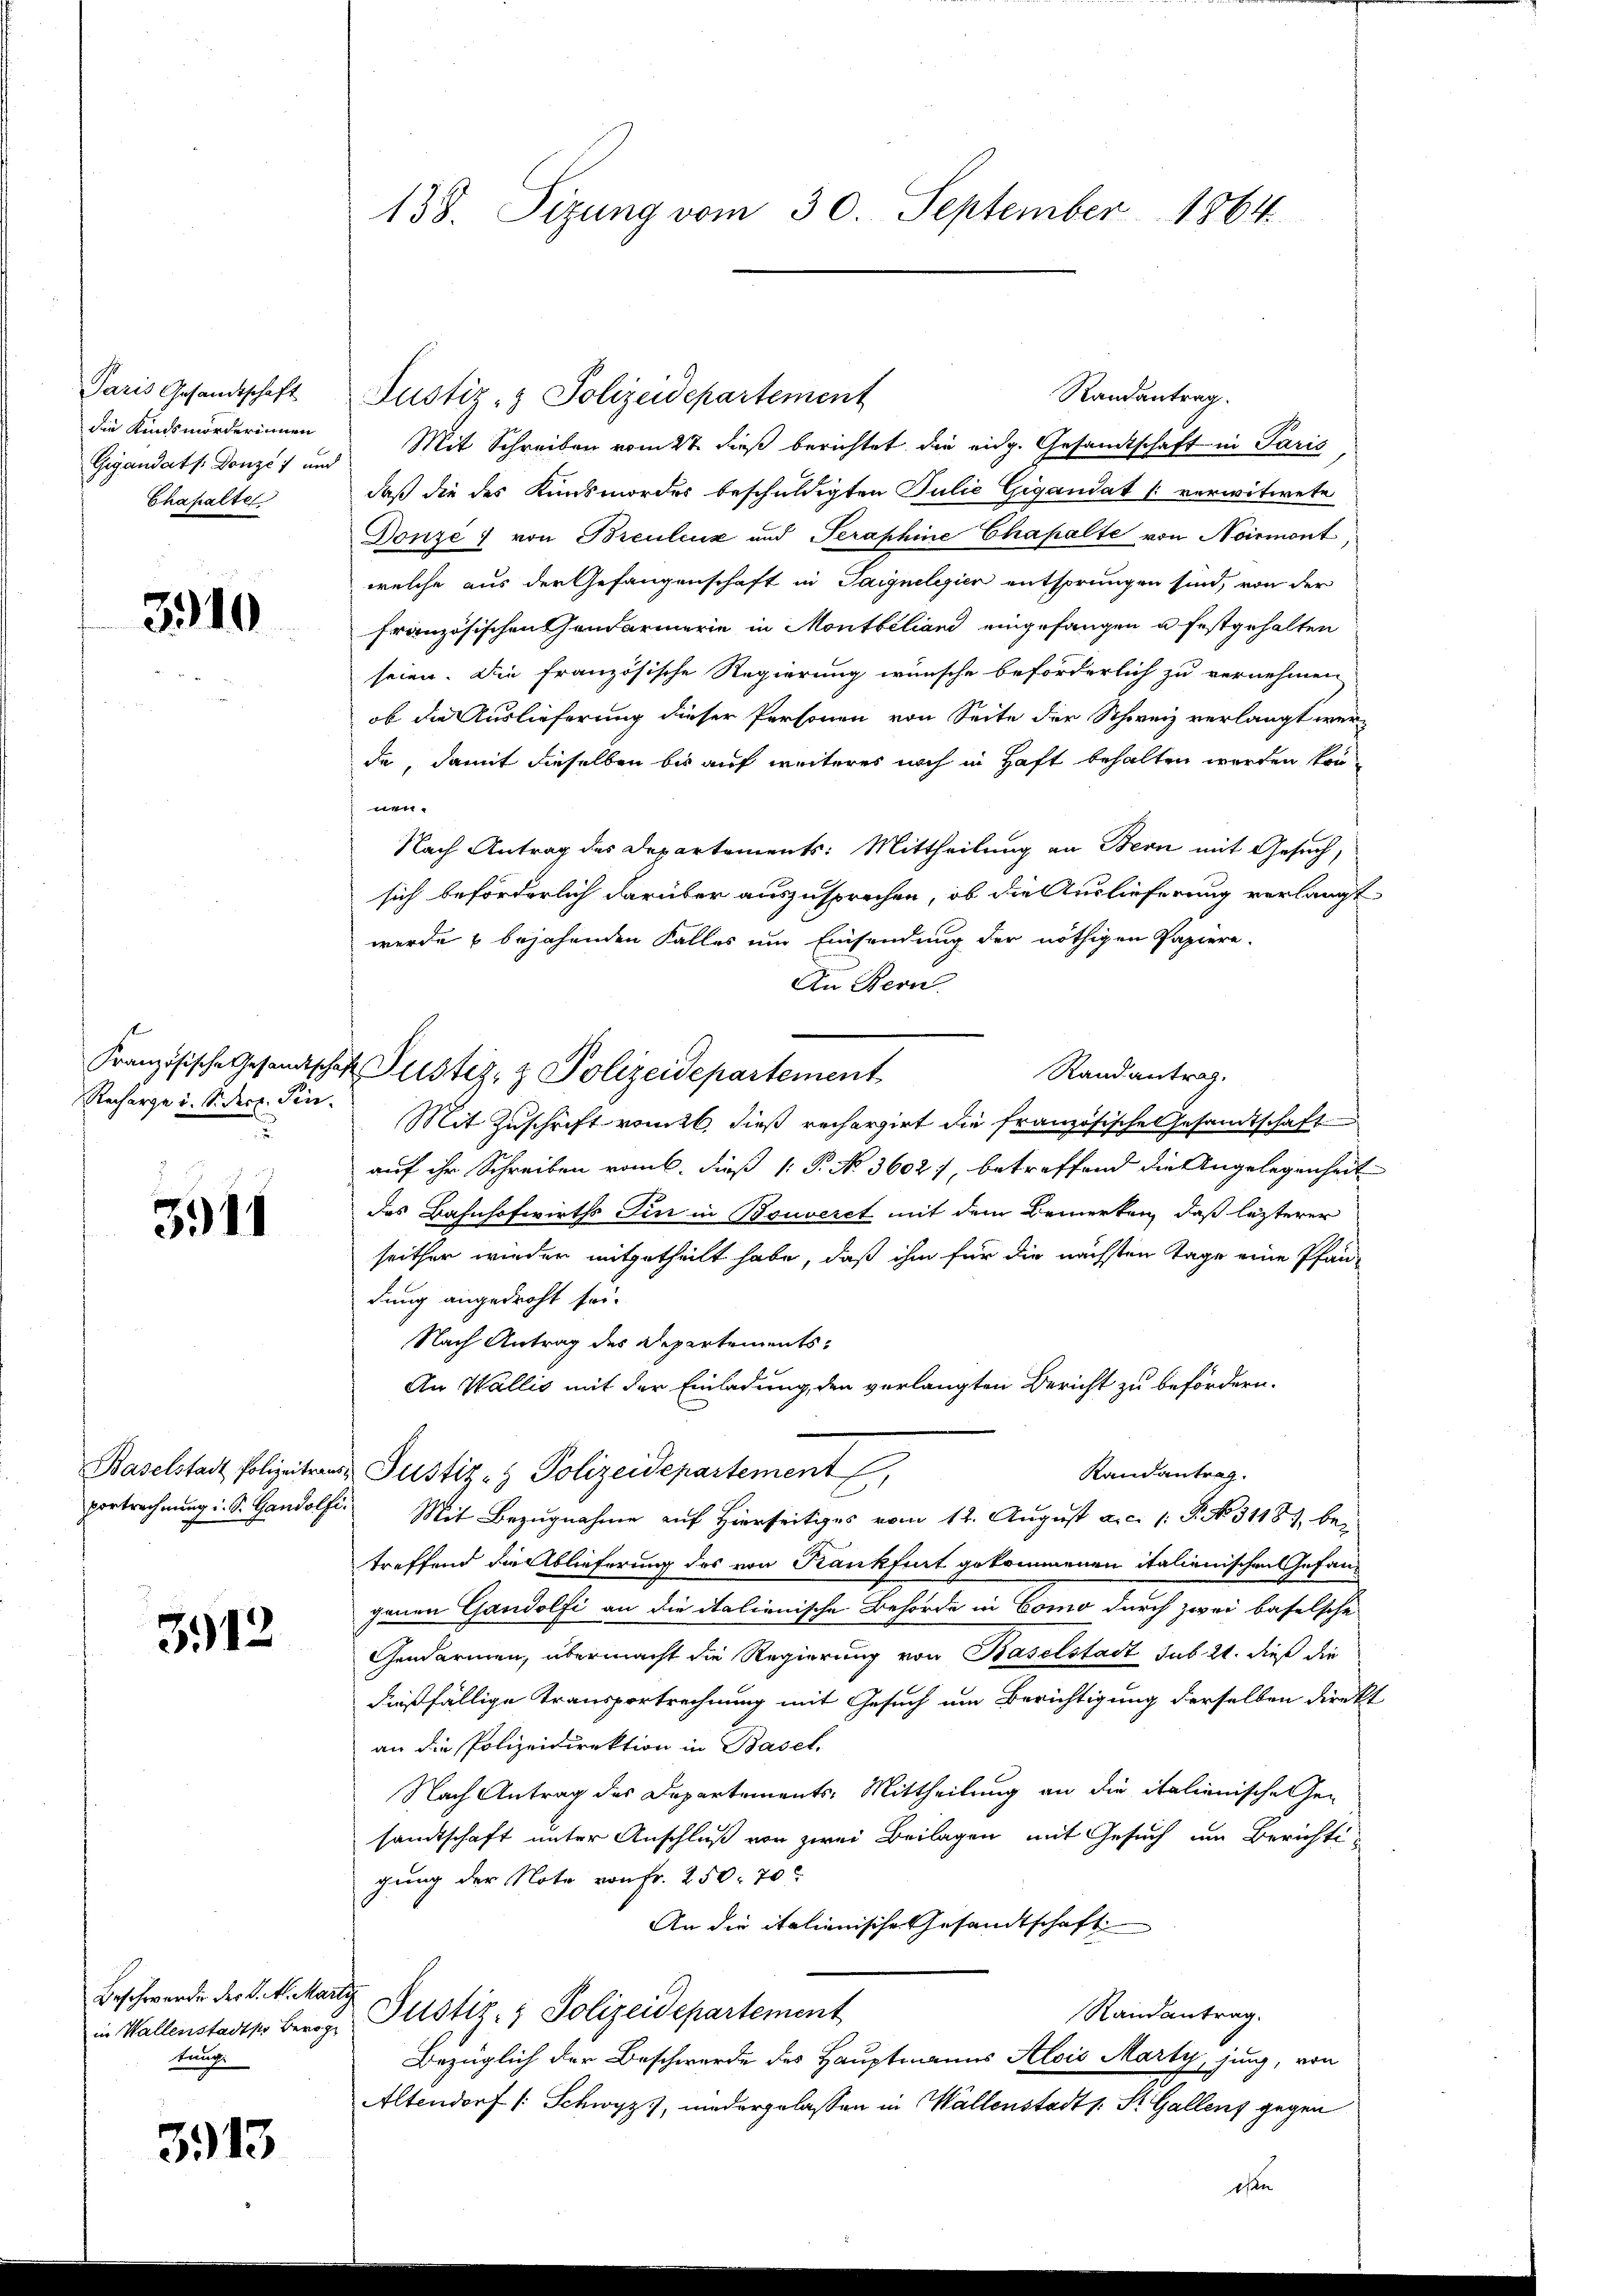
Paris Gesandtschaft
die Kindsmorderinnen
Gigandats. Donzes und
Chapalter

3910

Recharge u. Sect. Sin

3911

3912

Beschwerden der K. A. Mari
in Wallenstadtpo Beroge
tung

3913

138. Sizung vom 30. September 1864

Randantrag.
Mit Schreiben vom 2t dieß berichtet die eidg. Gesandtschaft in Paris
daß die des Kunsmordes beschuldigten Julie Gigandat verwitwete
Donze) von Breuleux und Seraphine Chapalte von Noirmont,
welche aus der Gefangenschaft in Taignelegier entsprungen sind, von der
französischen Handarmerie in Montbeliand eingefangen u festgehalten
seien. Die französische Regierung wünsche beförderlich zu vernehmen
ob die Auslieferung dieser Personen von Seite der Schweiz verlangt werde, damit dieselben bis auf weiteres noch in Haft behalten werden können.
Nach Antrag des Departements: Mittheilung an Bern mit Gesuch,
sich beförderlich darüber auszusprechen, ob die Auslieferung verlangt
werde u bejahenden Falles um Einsendung der nöthigen Papiere.
An Bern
Französische Gesandtschaft Pustiz- & Polizeidepartement
Randantrag.
Mit Zuschrift vom 26. dieß rechergirt die französischen Gesandtschaft
auf ihr Schreiben romb. dieß P. No 3602, betreffend die Angelegenheit
das Bahnhofwirths Sie in Bouveret mit dem Bemerken, daß lezterer
seither wieder mitgetheilt habe, daß ihm für die nächsten Tage eine Pfän-
dung angedroht sei.
Nach Antrag des Departements¬
An Wallis mit der Einladung, den verlangten Bericht zu befördern.
Baselstadt Polizeitrans Justiz- & Polizeidepartement
Randantrag.
portrechnung i. S. Gandolf Mit Bezugnahme auf Hierseitiges vom 12. August a. c. 1: P. No. 31187, betreffend die Ablieferung des von Kankfurt gekommenen italienischen Gefangenen Gandolfi an die italienische Behörde in Como durch zwei baselsche
Gendarmen, übermacht die Regierung von Baselstadt sub. 21. dieß die
dießfällige Transportrechnung mit Gesuch um Berichtigung derselben direkt
an die Polizeidirektion in Basel,
Nach Antrag des Departements-Mittheilung an die italienische Gesandtschaft unter Anschluß von zwei Beilagen mit Gesuch um Berichte
gung der Note von Fr. 250. 70
An die italienische Gesandtschaft
ch
Justiz- & Polizeidepartement
Randantrag.
Bezüglich der Beschwerde des Hauptmanns Alois Marty, jung, von
Altendorf (: Schwyz, niedergelassen in Wällenstadt u. St. Gallenz gegen

Justiz- & Polizeidepartement